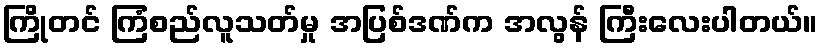
ကြိုတင် ကြံစည်လူသတ်မှု အပြစ်ဒဏ်က အလွန် ကြီးလေးပါတယ်။